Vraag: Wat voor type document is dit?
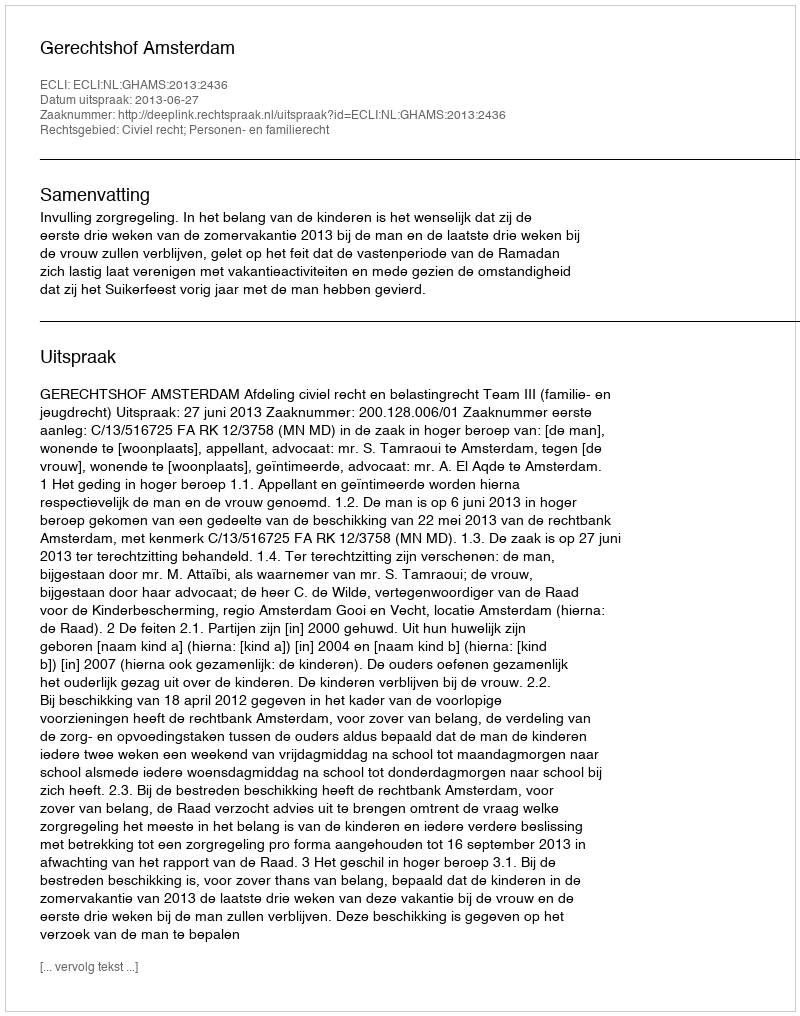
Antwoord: Uitspraak